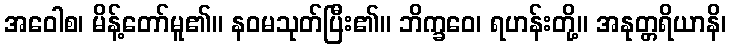
အဝေါစ၊ မိန့်တော်မူ၏။ နဝမသုတ်ပြီး၏။ ဘိက္ခဝေ၊ ရဟန်းတို့။ အနုတ္တရိယာနိ၊